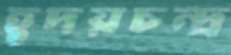
হূদয়চন্দ্র